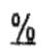
%